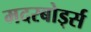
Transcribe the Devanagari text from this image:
मदरबोर्ड्स